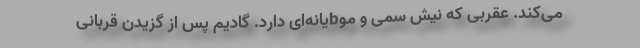
می‌کند. عقربی که نیش سمی و موbیانه‌ای دارد. گادیم پس از گزیدن قربانی